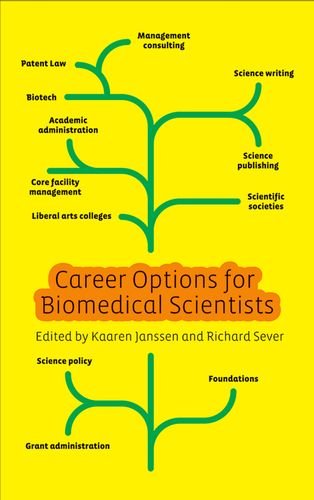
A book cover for Career Options for Biomedical Scientists; Business & Money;